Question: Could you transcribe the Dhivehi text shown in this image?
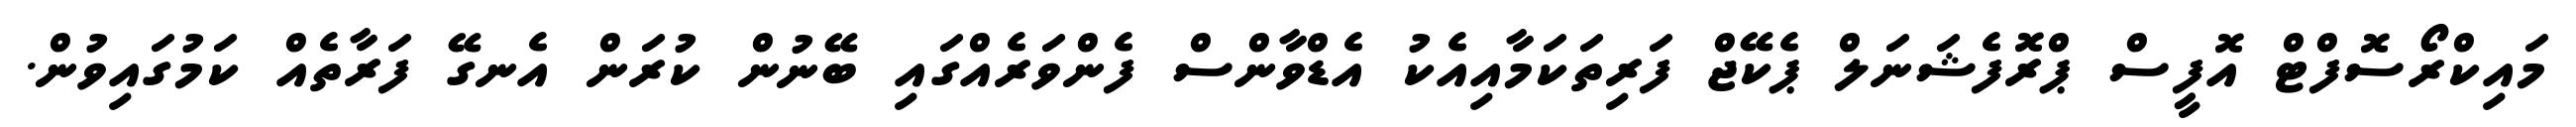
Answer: މައިކްރޯސޮފްޓް އޮފީސް ޕްރޮފެޝަނަލް ޕެކޭޖް ފަރިތަކަމާއިއެކު އެޑްވާންސް ފެންވަރެއްގައި ބޭނުން ކުރަން އެނގޭ ފަރާތެއް ކަމުގައިވުން.